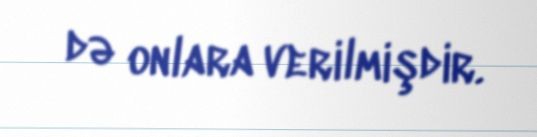
də onlara verilmişdir.